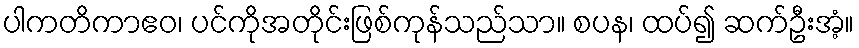
ပါကတိကာဧဝ၊ ပင်ကိုအတိုင်းဖြစ်ကုန်သည်သာ။ စပန၊ ထပ်၍ ဆက်ဦးအံ့။